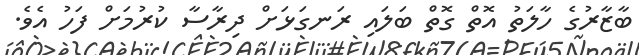
ބާޒާރުގެ ހާލަތު އޮތް ގޮތް ބަލައި ރަނގަޅަށް ދިރާސާ ކުރުމަށް ފަހު އެވެ.